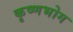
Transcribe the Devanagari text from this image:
कृष्णभोग